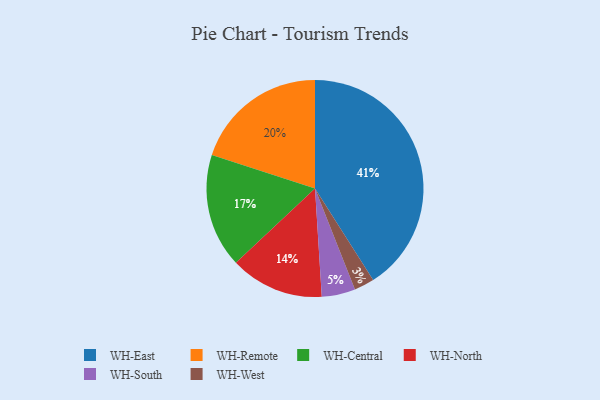
{"axis": {"x": "Category", "y": "Percentage"}, "legend": ["WH-Central", "WH-East", "WH-North", "WH-Remote", "WH-South", "WH-West"], "data": [{"x": "WH-East", "y": 41, "type": "WH-East"}, {"x": "WH-West", "y": 3, "type": "WH-West"}, {"x": "WH-South", "y": 5, "type": "WH-South"}, {"x": "WH-Central", "y": 17, "type": "WH-Central"}, {"x": "WH-North", "y": 14, "type": "WH-North"}, {"x": "WH-Remote", "y": 20, "type": "WH-Remote"}]}